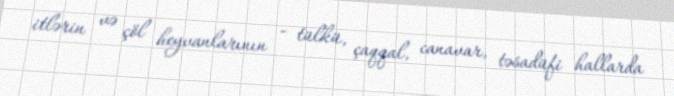
itlərin və çöl heyvanlarının - tülkü, çaqqal, canavar, təsadüfi hallarda